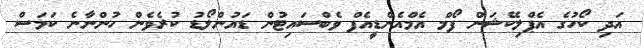
އަދި ކޯހުގެ އެޕްލިކޭޝަން ފޯމް އެމްއެންޑީއެފް ވެބްސައިޓުން ޑައުންލޯޑު ކުރެވެން ހުންނާނެ ކަމަސް